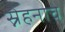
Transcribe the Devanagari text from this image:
स्नेहनाचे